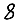
Digit: 8